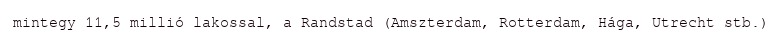
mintegy 11,5 millió lakossal, a Randstad (Amszterdam, Rotterdam, Hága, Utrecht stb.)